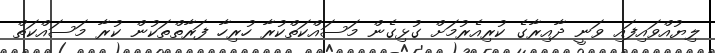
ލިޔުއްވައިފައި ވަނީ ދާއިރާގެ ކުރިއެރުމަށް ގުޅިގެން މަސައްކަތްކުރާ ހުރިހާ ފަރާތްތަކުން ކުރާ މަސައްކަތް